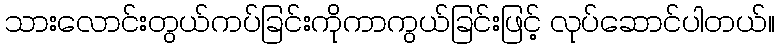
သားလောင်းတွယ်ကပ်ခြင်းကိုကာကွယ်ခြင်းဖြင့် လုပ်ဆောင်ပါတယ်။